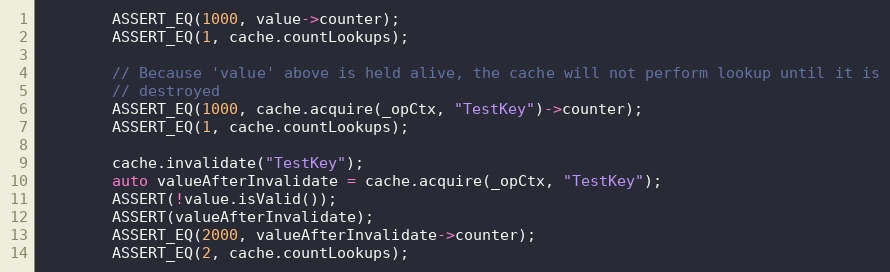
Language: C++
        ASSERT_EQ(1000, value->counter);
        ASSERT_EQ(1, cache.countLookups);

        // Because 'value' above is held alive, the cache will not perform lookup until it is
        // destroyed
        ASSERT_EQ(1000, cache.acquire(_opCtx, "TestKey")->counter);
        ASSERT_EQ(1, cache.countLookups);

        cache.invalidate("TestKey");
        auto valueAfterInvalidate = cache.acquire(_opCtx, "TestKey");
        ASSERT(!value.isValid());
        ASSERT(valueAfterInvalidate);
        ASSERT_EQ(2000, valueAfterInvalidate->counter);
        ASSERT_EQ(2, cache.countLookups);